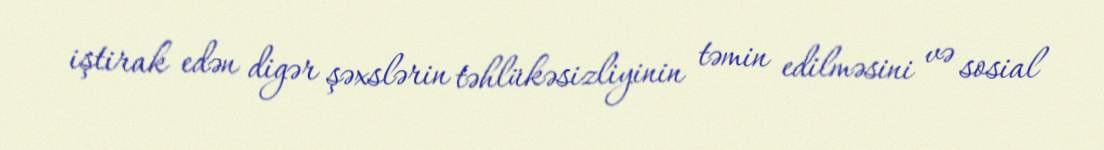
iştirak edən digər şəxslərin təhlükəsizliyinin təmin edilməsini və sosial